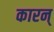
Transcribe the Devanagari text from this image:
कारन्